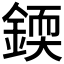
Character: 𨨰